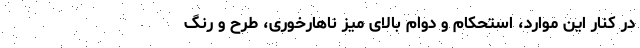
در کنار این موارد، استحکام و دوام بالای میز ناهارخوری، طرح و رنگ